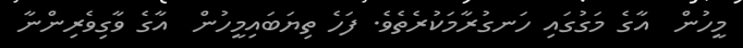
މީހުން  އާގެ މަގުގައި ހަނގުރާމަކުރެތެވެ. ފަހެ ތިޔަބައިމީހުން  އާގެ ވާގިވެރިންނާ